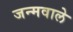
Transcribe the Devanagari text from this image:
जन्मवाले